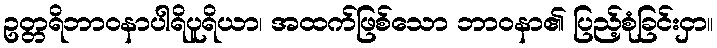
ဥတ္တရိဘာဝနာပါရိပူရိယာ၊ အထက်ဖြစ်သော ဘာဝနာ၏ ပြည့်စုံခြင်းငှာ။